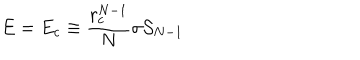
E = E _ { c } \equiv { \frac { r _ { c } ^ { N - 1 } } { N } } \sigma { \cal S } _ { N - 1 }